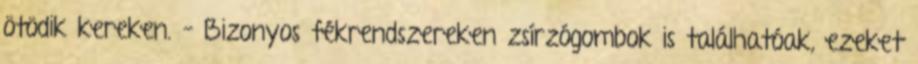
ötödik kereken. – Bizonyos fékrendszereken zsírzógombok is találhatóak, ezeket